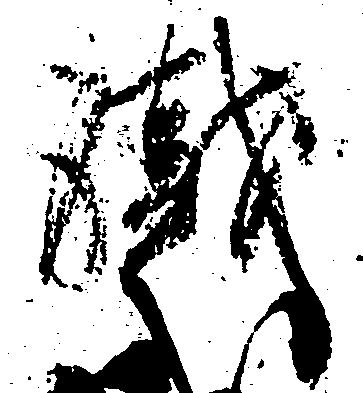
職